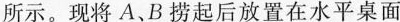
所示。现将A.B捞起后放置在水平桌面